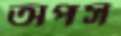
অপস